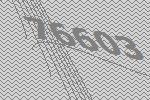
76603